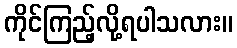
ကိုင်ကြည့်လို့ရပါသလား။